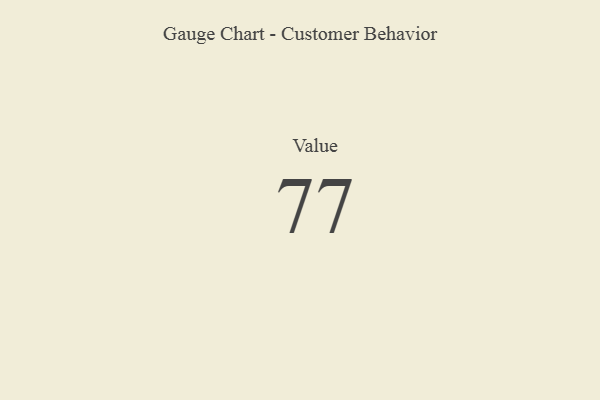
{"axis": {"x": "Metric", "y": "Value"}, "legend": [""], "data": [{"x": "Value", "y": 77, "type": ""}]}